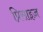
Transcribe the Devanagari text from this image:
प्रिसाइज़